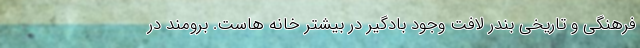
فرهنگی و تاریخی بندر لافت وجود بادگیر در بیشتر خانه هاست. برومند در